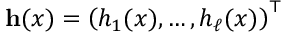
\mathbf { h } ( x ) = \left( h _ { 1 } ( x ) , \ldots , h _ { \ell } ( x ) \right) ^ { \top }